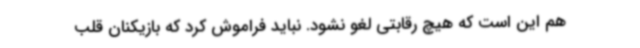
هم این است که هیچ رقابتی لغو نشود. نباید فراموش کرد که بازیکنان قلب